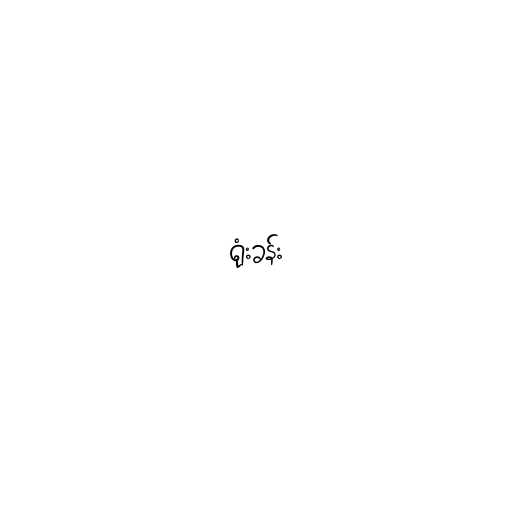
ရုံးခန်း